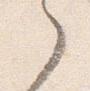
之